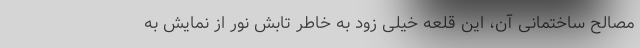
مصالح ساختمانی آن، این قلعه خیلی زود به خاطر تابش نور از نمایش به